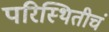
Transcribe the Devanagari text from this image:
परिस्थितीचं